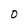
Character: O